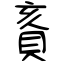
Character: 賌